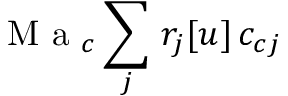
\mathrm { ~ M ~ a ~ } _ { c } \sum _ { j } \, r _ { j } [ u ] \, c _ { c j }